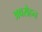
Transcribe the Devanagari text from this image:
अवरोहन